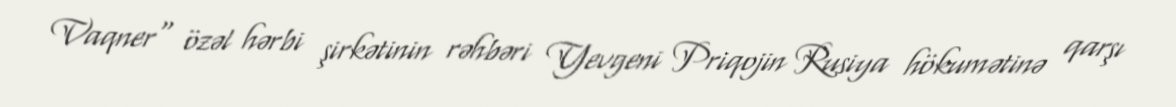
Vaqner" özəl hərbi şirkətinin rəhbəri Yevgeni Priqojin Rusiya hökumətinə qarşı